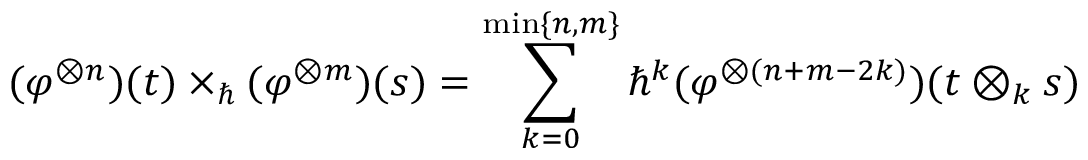
( \varphi ^ { \otimes n } ) ( t ) \times _ { \hbar } ( \varphi ^ { \otimes m } ) ( s ) = \sum _ { k = 0 } ^ { \mathrm { m i n } \{ n , m \} } \hbar ^ { k } ( \varphi ^ { \otimes ( n + m - 2 k ) } ) ( t \otimes _ { k } s )